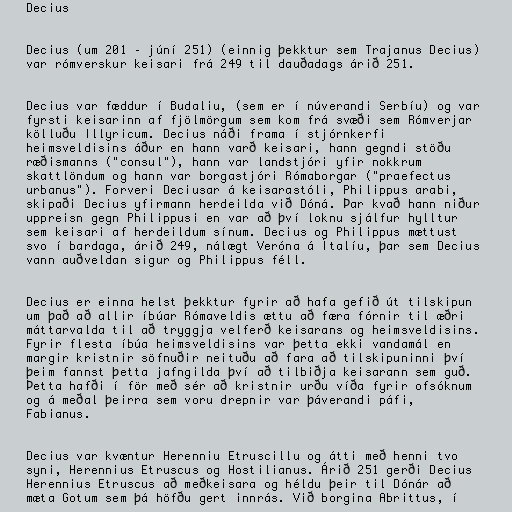
Decius

Decius (um 201 – júní 251) (einnig þekktur sem Trajanus Decius)
var rómverskur keisari frá 249 til dauðadags árið 251.

Decius var fæddur í Budaliu, (sem er í núverandi Serbíu) og var
fyrsti keisarinn af fjölmörgum sem kom frá svæði sem Rómverjar
kölluðu Illyricum. Decius náði frama í stjórnkerfi
heimsveldisins áður en hann varð keisari, hann gegndi stöðu
ræðismanns ("consul"), hann var landstjóri yfir nokkrum
skattlöndum og hann var borgastjóri Rómaborgar ("praefectus
urbanus"). Forveri Deciusar á keisarastóli, Philippus arabi,
skipaði Decius yfirmann herdeilda við Dóná. Þar kvað hann niður
uppreisn gegn Philippusi en var að því loknu sjálfur hylltur
sem keisari af herdeildum sínum. Decius og Philippus mættust
svo í bardaga, árið 249, nálægt Veróna á Ítalíu, þar sem Decius
vann auðveldan sigur og Philippus féll.

Decius er einna helst þekktur fyrir að hafa gefið út tilskipun
um það að allir íbúar Rómaveldis ættu að færa fórnir til æðri
máttarvalda til að tryggja velferð keisarans og heimsveldisins.
Fyrir flesta íbúa heimsveldisins var þetta ekki vandamál en
margir kristnir söfnuðir neituðu að fara að tilskipuninni því
þeim fannst þetta jafngilda því að tilbiðja keisarann sem guð.
Þetta hafði í för með sér að kristnir urðu víða fyrir ofsóknum
og á meðal þeirra sem voru drepnir var þáverandi páfi,
Fabianus.

Decius var kvæntur Herenniu Etruscillu og átti með henni tvo
syni, Herennius Etruscus og Hostilianus. Árið 251 gerði Decius
Herennius Etruscus að meðkeisara og héldu þeir til Dónár að
mæta Gotum sem þá höfðu gert innrás. Við borgina Abrittus, í